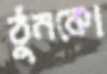
ঠুনকো